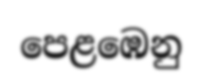
පෙළඹෙනු